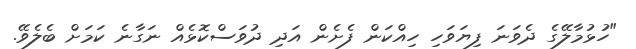
"ހުޅުމާލޭގެ ދެވަނަ ފިޔަވަހި ހިއްކަން ފެށެން އަދި ދުވަސްކޮޅެއް ނަގާނެ ކަމަށް ބެލެވޭ.